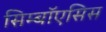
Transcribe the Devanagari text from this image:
सिम्बॉएसिस